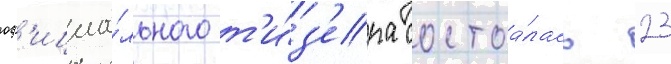
оф'ициа́льного т'и́з'ера состоа́лась 23